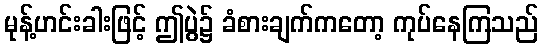
မုန့်ဟင်းခါးဖြင့် ဤပွဲ၌ ခံစားချက်ကတော့ ကုပ်နေကြသည်